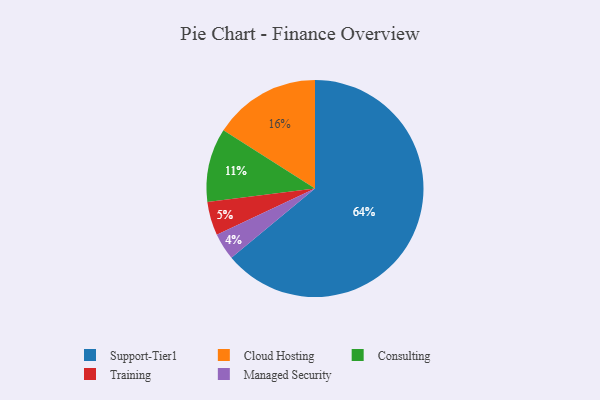
{"axis": {"x": "Category", "y": "Percentage"}, "legend": ["Cloud Hosting", "Consulting", "Managed Security", "Support-Tier1", "Training"], "data": [{"x": "Support-Tier1", "y": 64, "type": "Support-Tier1"}, {"x": "Training", "y": 5, "type": "Training"}, {"x": "Managed Security", "y": 4, "type": "Managed Security"}, {"x": "Consulting", "y": 11, "type": "Consulting"}, {"x": "Cloud Hosting", "y": 16, "type": "Cloud Hosting"}]}